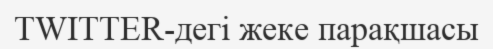
TWITTER-дегі жеке парақшасы